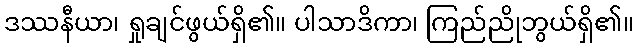
ဒဿနီယာ၊ ရှုချင်ဖွယ်ရှိ၏။ ပါသာဒိကာ၊ ကြည်ညိုဘွယ်ရှိ၏။